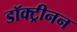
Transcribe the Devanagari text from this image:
डॉक्ट्रीनन